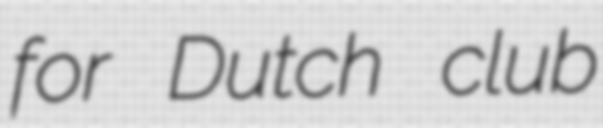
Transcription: for Dutch club